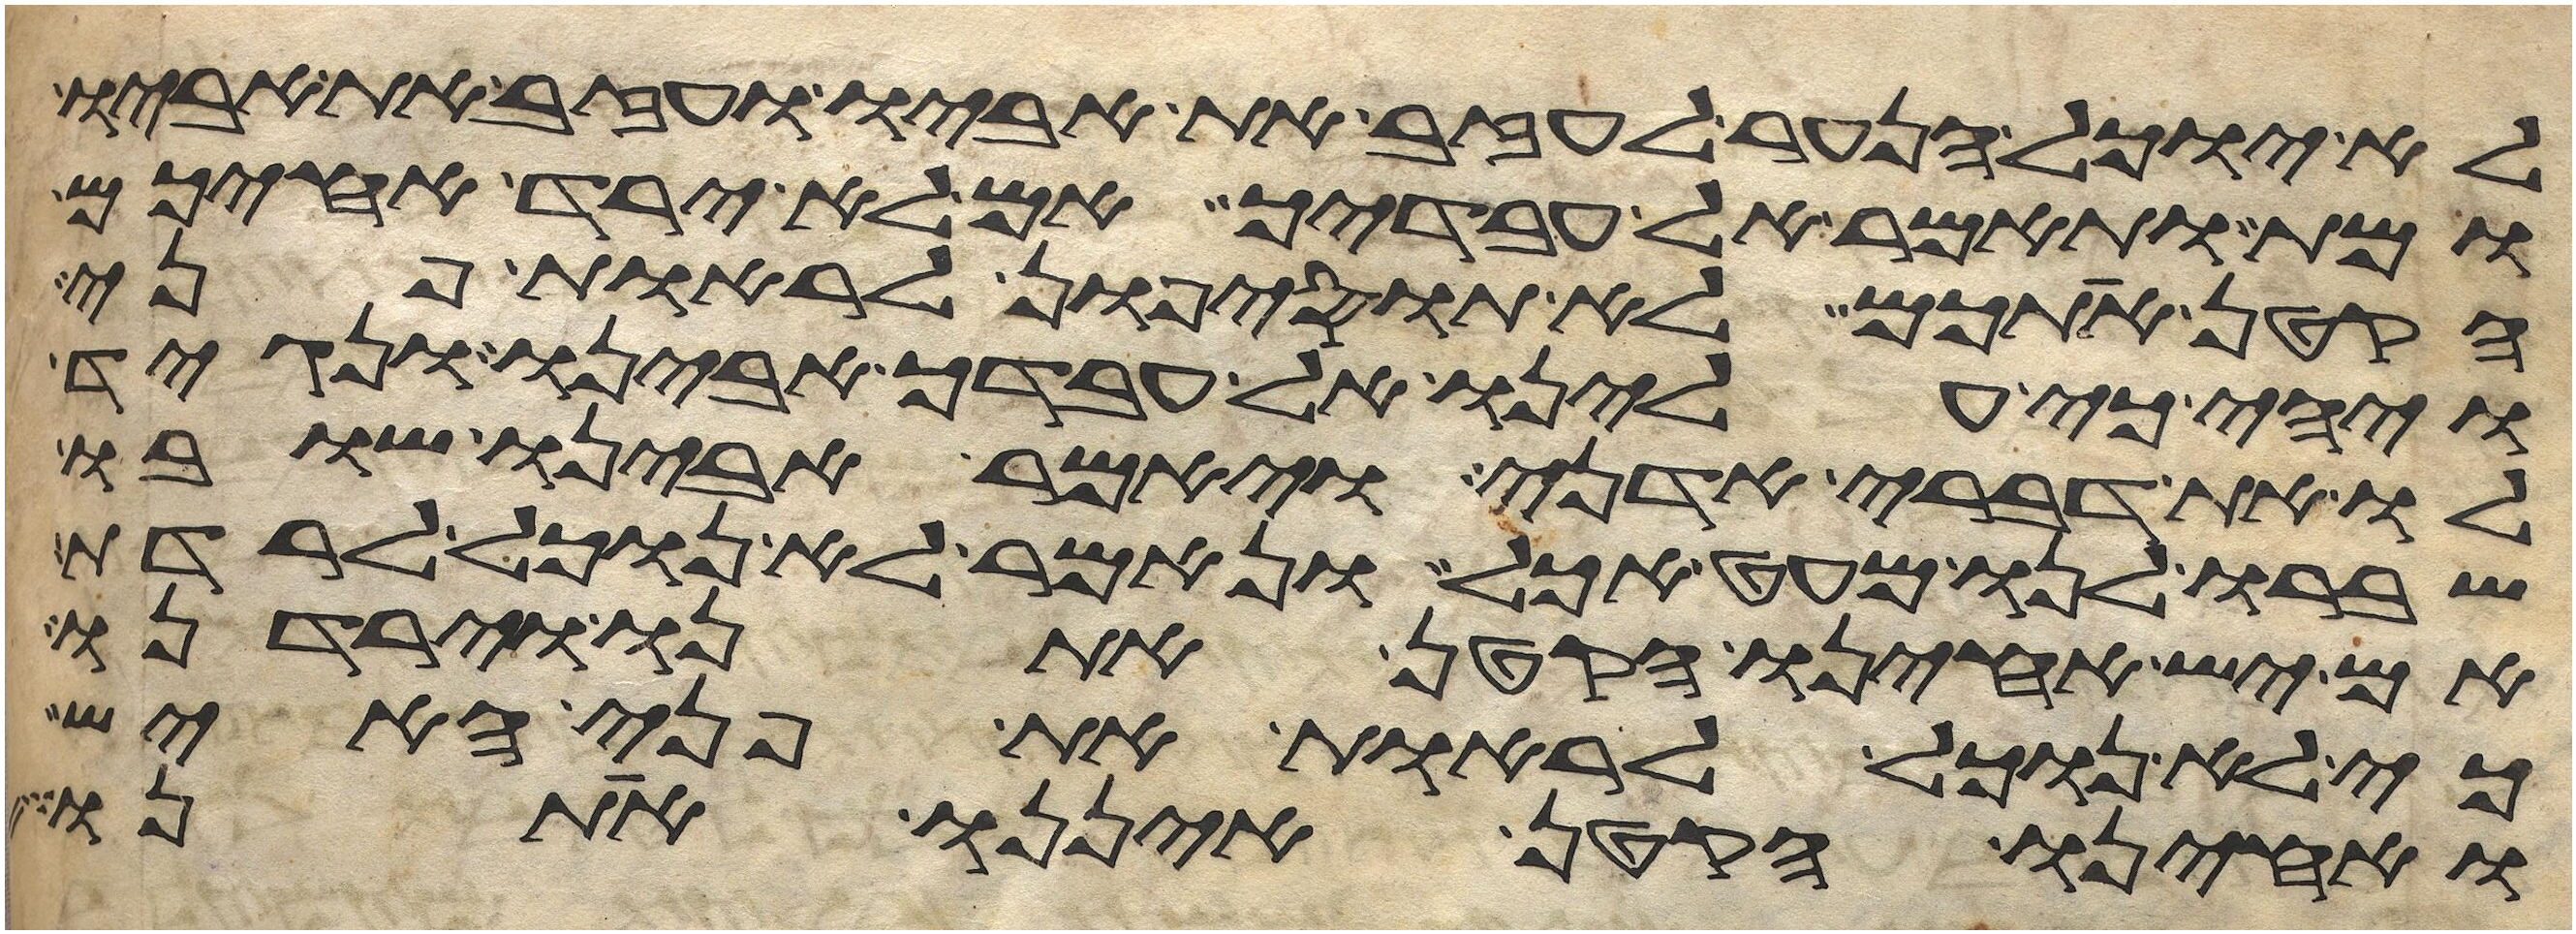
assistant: לא יוכל הנער לעזב את אביו ועזב את אביו
ומת ותאמר אל עבדיך אם לא ירד אחיכם
הקטן אתכם לא תוסיפון לראות פני
ויהי כי עלינו אל עבדך אבינו ונגיד
לו את דברי אדני ויאמר אבינו שובו
ושברו לנו מעט אכל ונאמר לא נוכל לרדת
אם יש אחינו הקטן אתנו וירדנו
כי לא נוכל לראות את פני האיש
ואחינו הקטן איננו אתנו